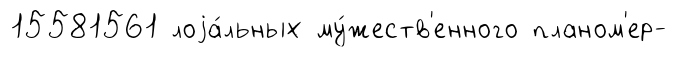
15581561 лоjа́льных му́жеств'енного планом'ер-